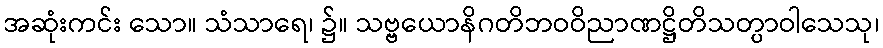
အဆုံးကင်း သော။ သံသာရေ၊ ၌။ သဗ္ဗယောနိဂတိဘဝဝိညာဏဋ္ဌိတိသတ္ပာဝါသေသု၊